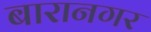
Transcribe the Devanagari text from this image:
बारानगर